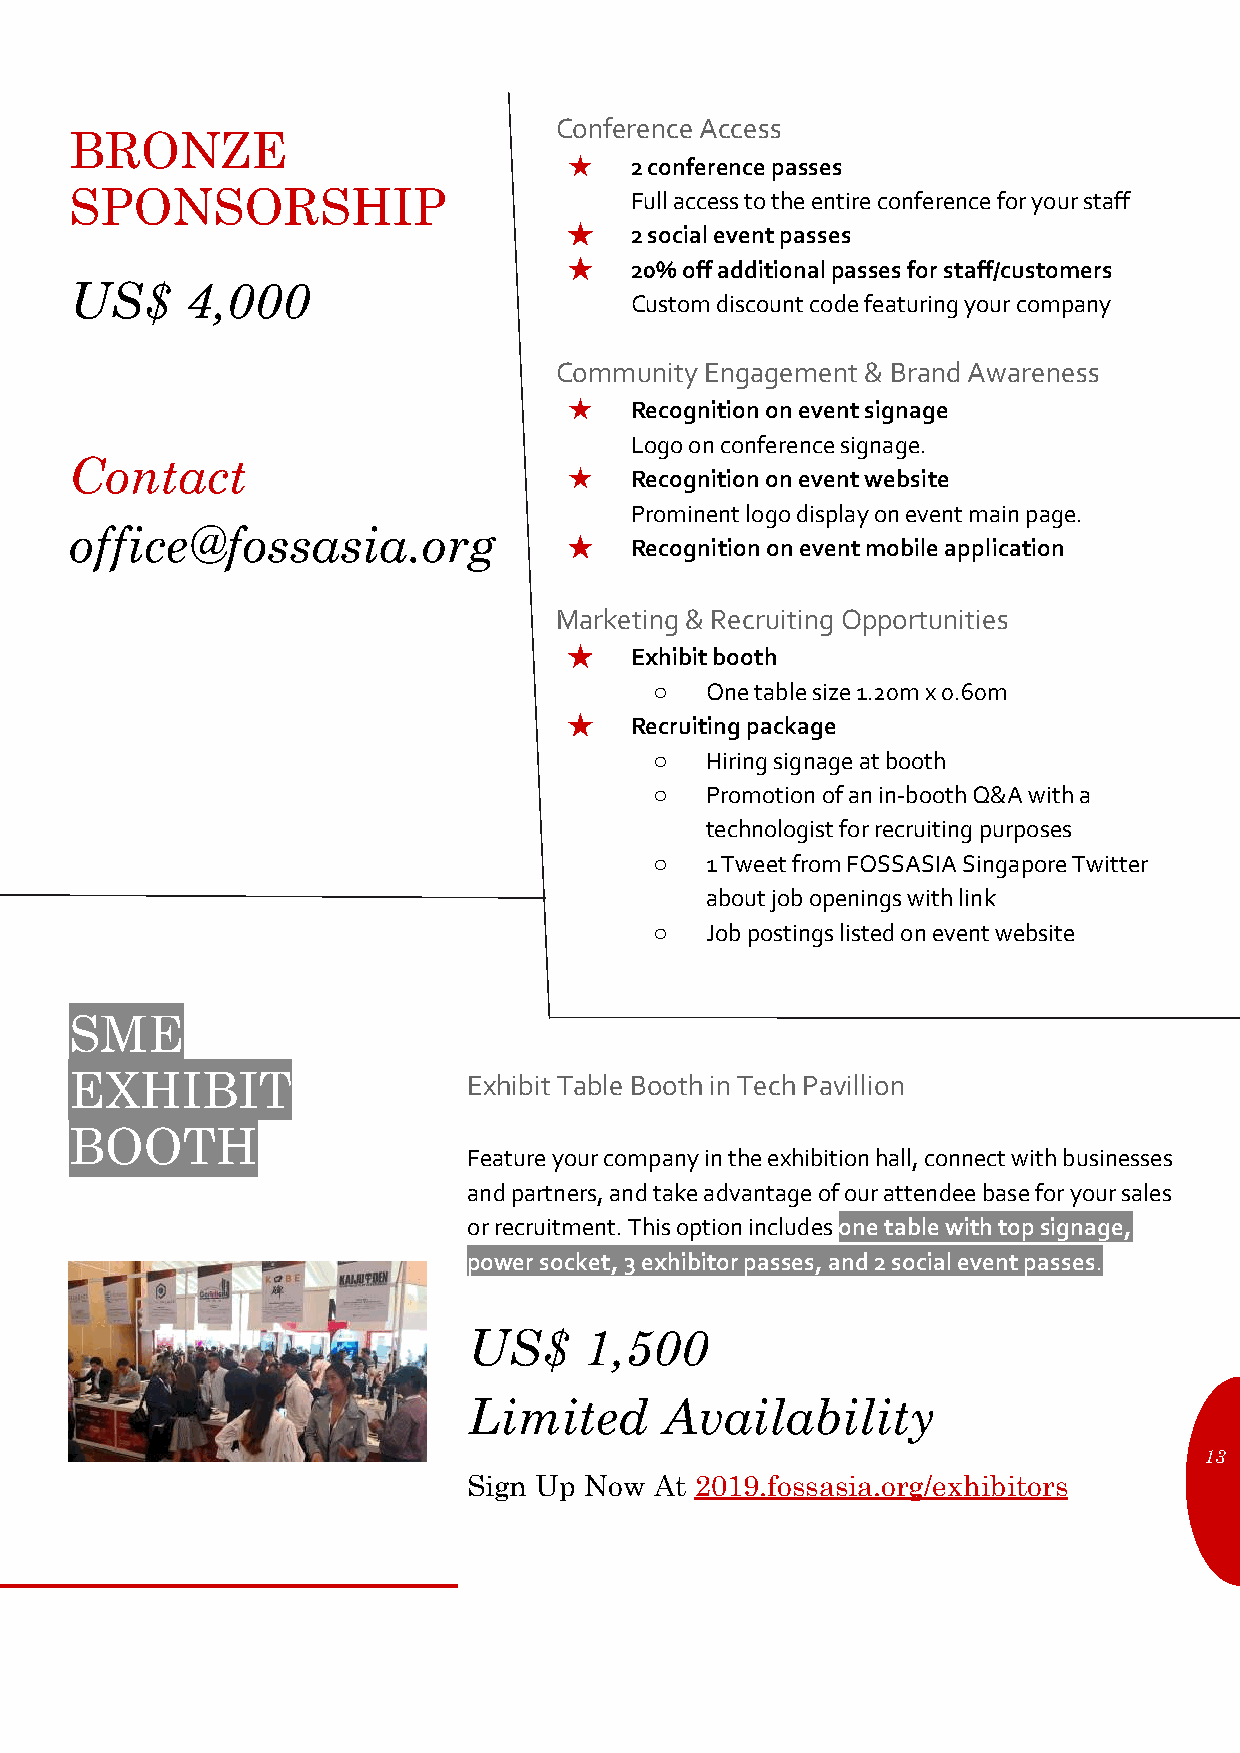
Conference Access
 BRONZE
 ★   2 conference passes
 SPONSORSHIP                          Full access to the entire conference for your staff
 ★   2 social event passes
 ★   20% off additional passes for staff/customers
 US$    4,000
 Custom discount code featuring your company
 Community Engagement & Brand Awareness
 ★   Recognition on event signage
 Logo on conference signage.
 Contact
 ★   Recognition on event website
 Prominent logo display on event main page.
 office@fossasia.org
 ★   Recognition on event mobile application
 Marketing & Recruiting Opportunities
 ★   Exhibit booth
 ○   One table size 1.20m x 0.60m
 ★   Recruiting package
 ○   Hiring signage at booth
 ○   Promotion of an in-booth Q&A with a
 technologist for recruiting purposes
 ○   1 Tweet from FOSSASIA Singapore Twitter
 about job openings with link
 ○   Job postings listed on event website
 SME
 EXHIBIT                   Exhibit Table Booth in Tech Pavillion
 BOOTH
 Feature your company in the exhibition hall, connect with businesses
 and partners, and take advantage of our attendee base for your sales
 or recruitment. This option includes one table with top signage,
 power socket, 3 exhibitor passes, and 2 social event passes.
 US$     1,500
 Limited      Availability
 13
 Sign Up Now At 2019.fossasia.org/exhibitors